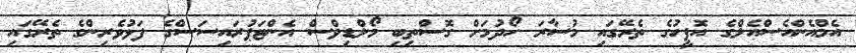
އެމްއެންއެސްއެލްގެ އޮފީހުގެ ތެރޭގައި މުސާރަ ހޯދުމަށް ގޮސްތިބި މޯލްޑިވްސް އެންޓަޕުރައިސަސްގެ ފަޅުވެރިންގެ ތެރޭގައި